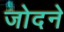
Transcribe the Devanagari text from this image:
जोदने